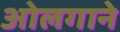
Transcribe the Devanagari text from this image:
ओलगाने